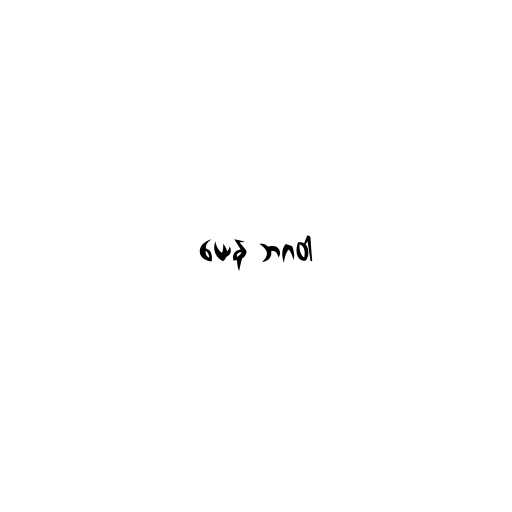
ယေန ဘဂဝါ